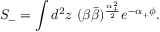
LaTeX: { \cal S } _ { - } = \int d ^ { 2 } z ~ ( \beta \bar { \beta } ) ^ { \frac { \alpha _ { + } ^ { 2 } } { 2 } } e ^ { - \alpha _ { + } \phi } .